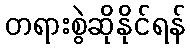
တရားစွဲဆိုနိုင်ရန်